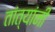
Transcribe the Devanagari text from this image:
तांत्यांनी